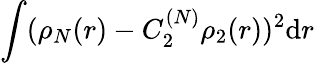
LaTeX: \int(\rho_{N}(r)-C_{2}^{(N)}\rho_{2}(r))^{2}\mathrm{d}r